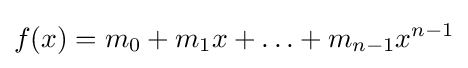
f(x)=m_{0}+m_{1}x+\ldots +m_{n-1}x^{n-1}